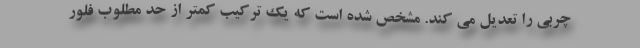
چربی را تعدیل می کند. مشخص شده است که یک ترکیب کمتر از حد مطلوب فلور